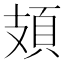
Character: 頍